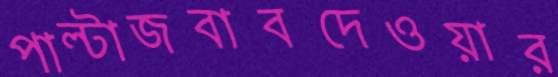
পাল্টাজবাবদেওয়ার